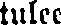
tulee